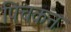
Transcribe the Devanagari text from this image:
पिचकन